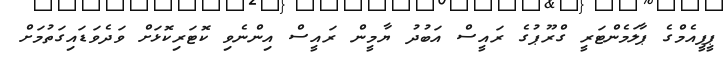
ޕީޕީއެމްގެ ޕާލަމެންޓަރީ ގްރޫޕުގެ ރައީސް އަބުދު ޔާމީން ރައީސް އިންނެވި ކޮޓަރިކޮޅަށް ވަދެވަޑައިގަތުމަށް